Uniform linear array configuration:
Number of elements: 16
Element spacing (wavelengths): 0.75
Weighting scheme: hamming
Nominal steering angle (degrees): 60
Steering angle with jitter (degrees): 61.757
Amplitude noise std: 0.05
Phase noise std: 0.05

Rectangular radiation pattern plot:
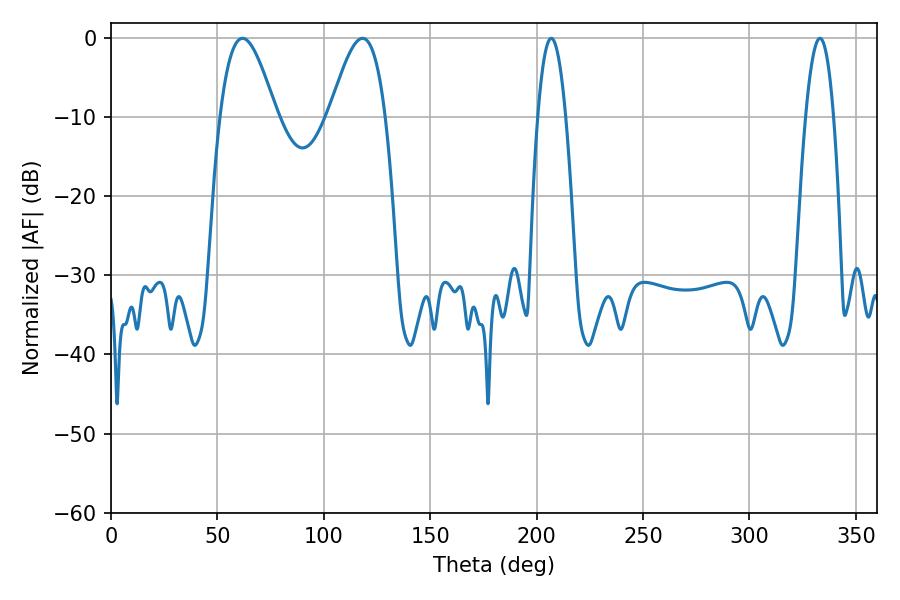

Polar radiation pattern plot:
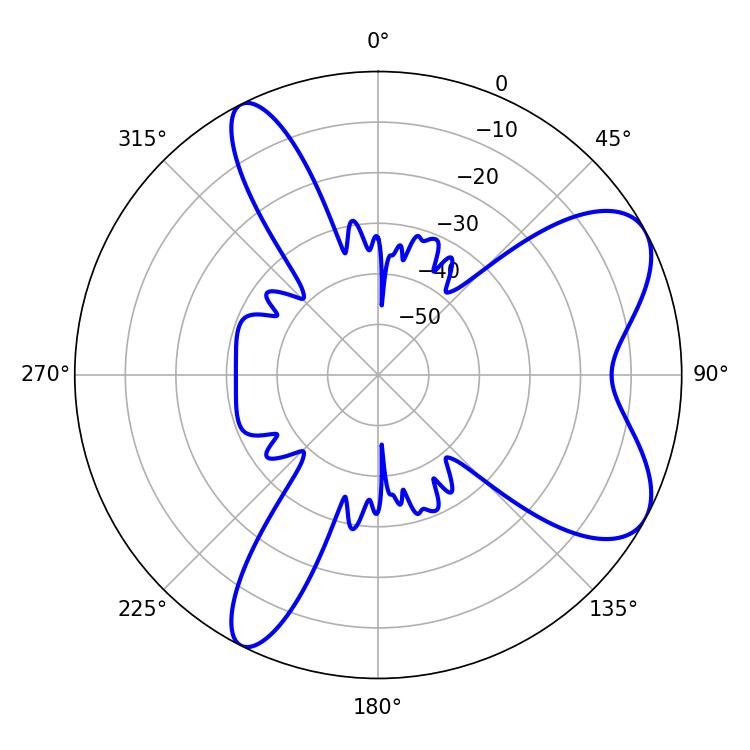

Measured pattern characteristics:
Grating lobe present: TRUE
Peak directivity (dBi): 7.277
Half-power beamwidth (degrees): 14.22
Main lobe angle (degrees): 61.74